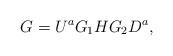
LaTeX: \begin{align*} G=U^{a} G_1 H G_2 D^{a},\end{align*}